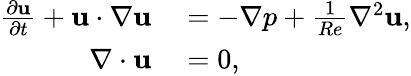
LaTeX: \begin{array}{rl}{\frac{\partial\mathbf{u}}{\partial{t}}+\mathbf{u}\cdot\nabla\mathbf{u}}&{{}=-\nabla{p}+\frac{1}{Re}\nabla^{2}\mathbf{u},}\\ {\nabla\cdot\mathbf{u}}&{{}=0,}\end{array}